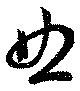
亜